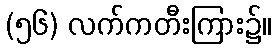
(၅၆) လက်ကတီးကြား၌။